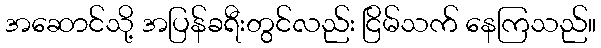
အဆောင်သို့ အပြန်ခရီးတွင်လည်း ငြိမ်သက် နေကြသည်။